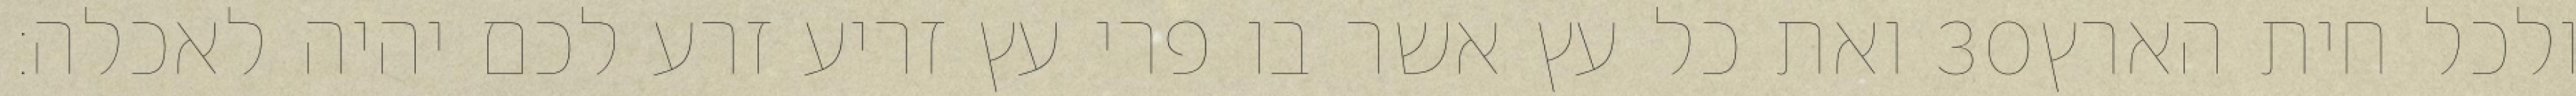
ואת כל עץ אשר בו פרי עץ זריע זרע לכם יהיה לאכלה׃ ‎30‏ ולכל חית הארץ